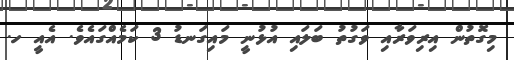
މިގޮތުން އިރިވަރާއި ވަގުތު ބަލައި އުޅުނީ މައިގަނޑު 3 ކަމެއްގައެވެ. އެއީ ހ.